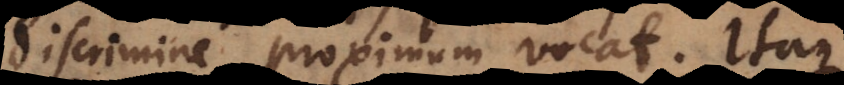
discrimine proximum vocat. Itaque